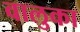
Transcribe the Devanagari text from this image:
वालुका